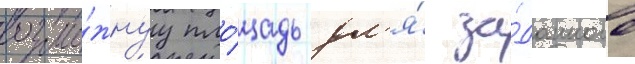
возмо́жнуу пло́щадь дл'я́ за́данного